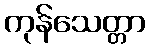
ကုန်သေတ္တာ